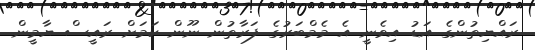
ރައްޔިތުންގެ އަޑު އިވެނީ އެ މެމްބަރުގެ ފަރާތުން ނޫން ކަމަށް ރައީސް ޔާމީން